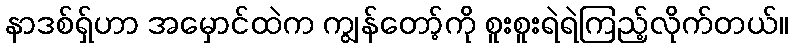
နာဒစ်ရှ်ဟာ အမှောင်ထဲက ကျွန်တော့်ကို စူးစူးရဲရဲကြည့်လိုက်တယ်။